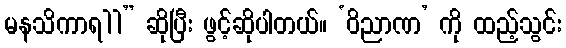
မနသိကာရ11” ဆိုပြီး ဖွင့်ဆိုပါတယ်။ ‘ဝိညာဏ’ ကို ထည့်သွင်း